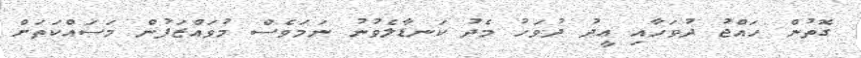
ގޮތުން ހައްޖު ދުވަހާއި ޢީދު ދުވަހު މެދު ކަނޑާލެވުނު ނަމަވެސް މުވައްޒަފުން މަސައްކަތަށް